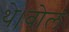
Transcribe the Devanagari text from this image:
थे।बोल